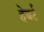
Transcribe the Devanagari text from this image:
हेबर्ट